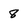
Character: 8